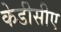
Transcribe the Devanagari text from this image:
केडीसीए